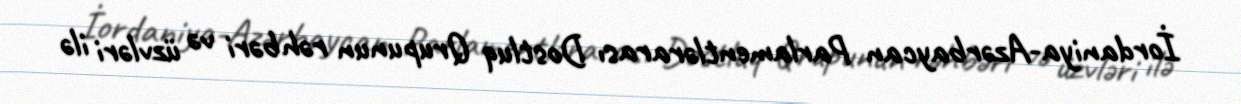
İordaniya-Azərbaycan Parlamentlərarası Dostluq Qrupunun rəhbəri və üzvləri ilə